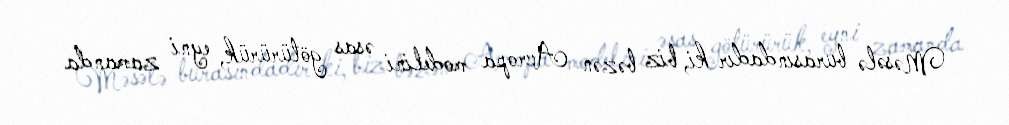
Məsələ burasındadır ki, biz bəzən Avropa modelini əsas götürürük, eyni zamanda